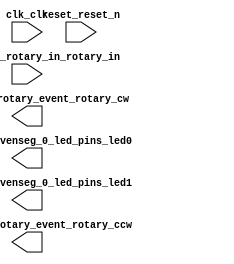

module unsaved (
	clk_clk,
	reset_reset_n,
	eightbitstosevenseg_0_led_pins_led0,
	eightbitstosevenseg_0_led_pins_led1,
	rotaryctl_0_rotary_in_rotary_in,
	rotaryctl_0_rotary_event_rotary_cw,
	rotaryctl_0_rotary_event_rotary_ccw);	

	input		clk_clk;
	input		reset_reset_n;
	output	[6:0]	eightbitstosevenseg_0_led_pins_led0;
	output	[6:0]	eightbitstosevenseg_0_led_pins_led1;
	input	[1:0]	rotaryctl_0_rotary_in_rotary_in;
	output		rotaryctl_0_rotary_event_rotary_cw;
	output		rotaryctl_0_rotary_event_rotary_ccw;
endmodule